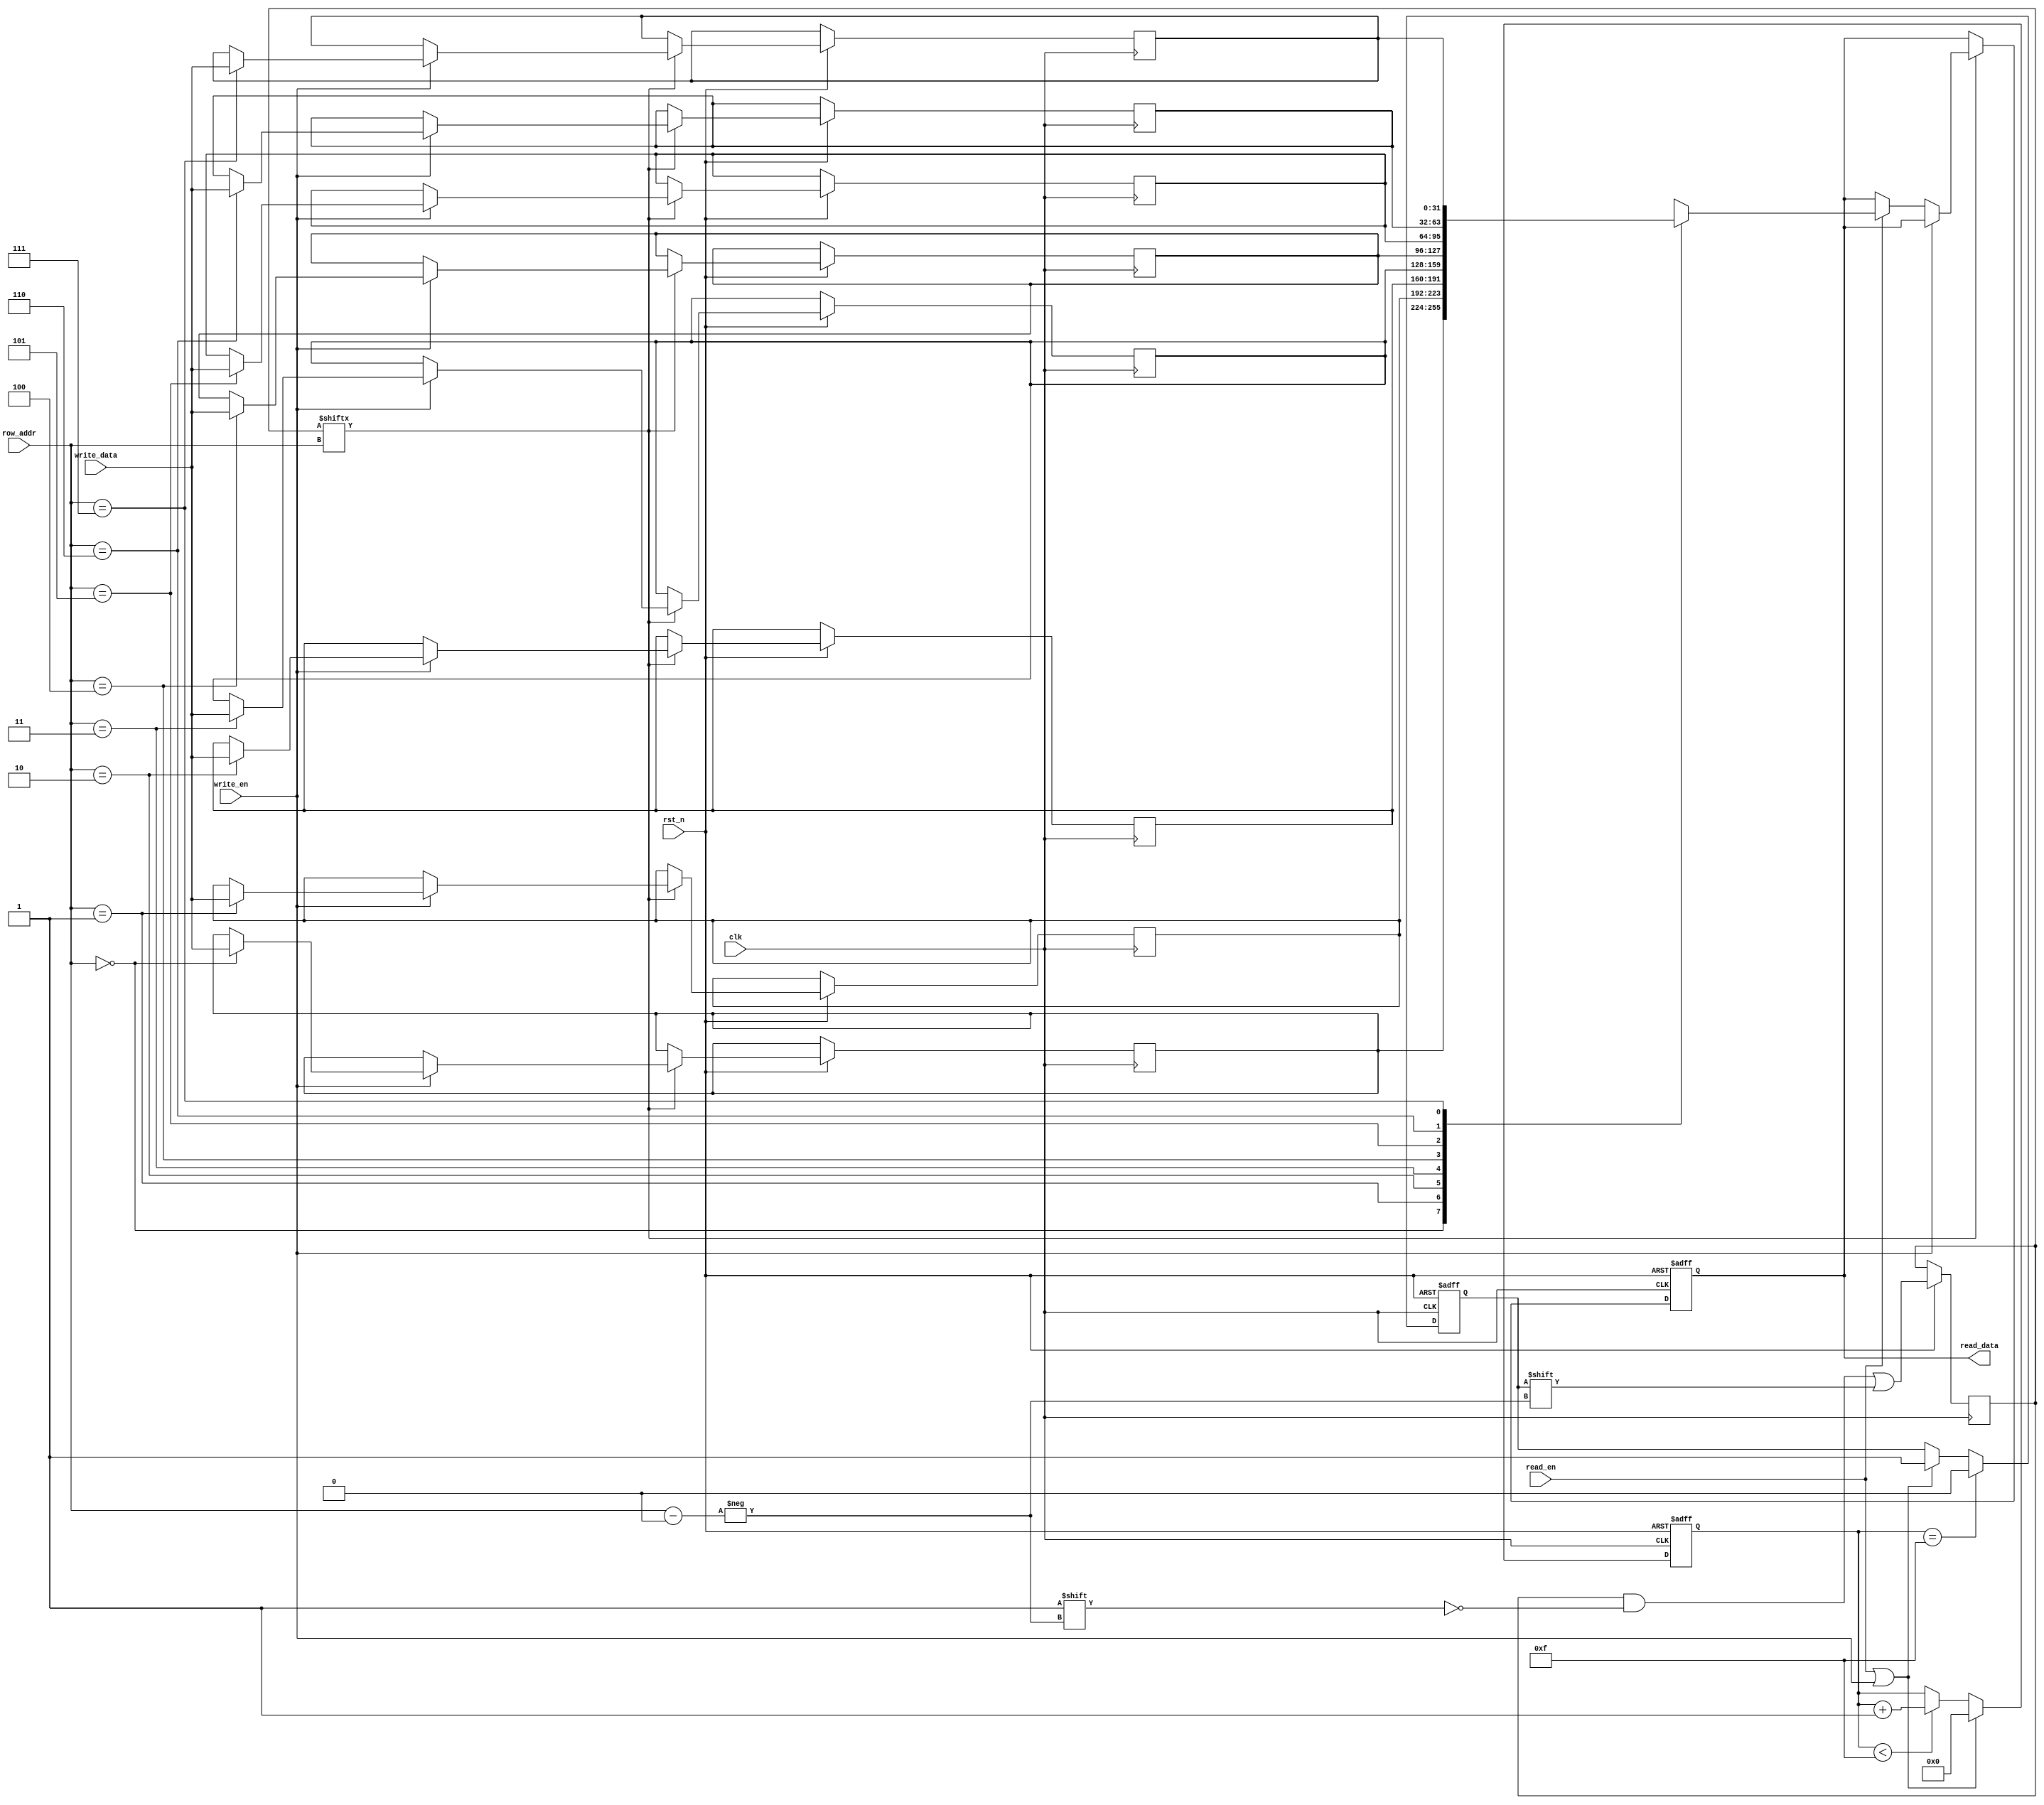
module MemoryBlock #(
    parameter NUM_ROWS = 8,       // Number of memory rows
    parameter WORD_SIZE = 32,      // Size of each word
    parameter ADDR_WIDTH = 3       // Address width for NUM_ROWS
)(
    input wire clk,                // Global clock signal
    input wire rst_n,              // Active low reset
    input wire [ADDR_WIDTH-1:0] row_addr, // Row address selection
    input wire read_en,            // Read enable signal
    input wire write_en,           // Write enable signal
    input wire [WORD_SIZE-1:0] write_data, // Data to write
    output reg [WORD_SIZE-1:0] read_data // Data read out
);

    // Memory array declaration
    reg [WORD_SIZE-1:0] memory [0:NUM_ROWS-1];
    
    // Clock enable signal for each row
    reg [NUM_ROWS-1:0] clk_en;

    // Activity detection: simple activity tracker
    reg activity;
    reg [3:0] state; // Simple state variable

    // State Machine for activity detection
    always @(posedge clk or negedge rst_n) begin
        if (!rst_n) begin
            state <= 0;
            activity <= 0;
        end else begin
            // Basic activity detection logic
            if (read_en || write_en) begin
                activity <= 1;
                state <= 0; // Reset state tracker
            end else if (state < 15) begin
                state <= state + 1; // Increment state counter if idle
            end
            
            // If idle for a certain time, deactivate
            if (state == 15) begin
                activity <= 0;
            end
            
            // Update clock enable for the specific row
            clk_en[row_addr] <= activity;
        end
    end

    // Memory operation logic
    always @(posedge clk or negedge rst_n) begin
        if (!rst_n) begin
            read_data <= 0;
        end else if (clk_en[row_addr]) begin
            if (write_en) begin
                memory[row_addr] <= write_data; // Write data to memory
            end else if (read_en) begin
                read_data <= memory[row_addr]; // Read data from memory
            end
        end
    end

endmodule